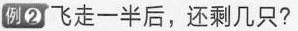
例②飞走一半后，还剩几只？